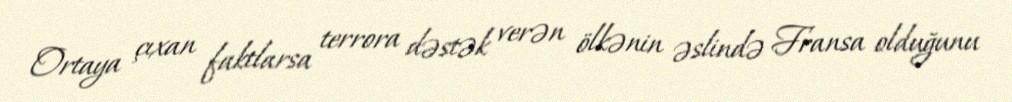
Ortaya çıxan faktlarsa terrora dəstək verən ölkənin əslində Fransa olduğunu